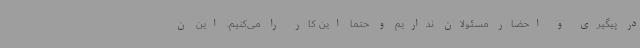
در پیگیری و احضار مسئولان نداریم و حتما این کار را می‌کنیم. این ن